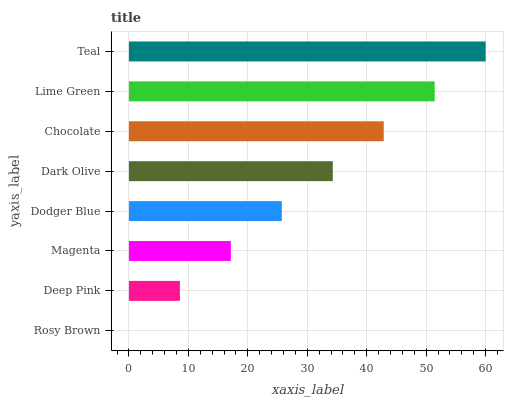
| yaxis_label | bars |
 | --- | --- |
 | Rosy Brown | 0 |
 | Deep Pink | 8.57 |
 | Magenta | 17.1 |
 | Dodger Blue | 25.7 |
 | Dark Olive | 34.3 |
 | Chocolate | 42.9 |
 | Lime Green | 51.4 |
 | Teal | 60 |